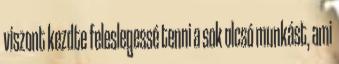
viszont kezdte feleslegessé tenni a sok olcsó munkást, ami